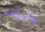
بالعشاء